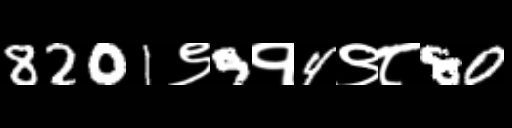
Text: 8201९9१4९८80